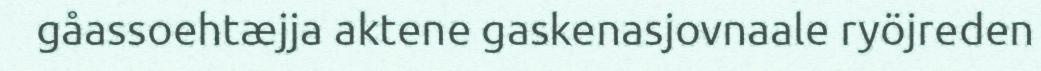
gåassoehtæjja aktene gaskenasjovnaale ryöjreden